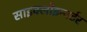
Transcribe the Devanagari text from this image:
साइक्लोइन्वर्टर